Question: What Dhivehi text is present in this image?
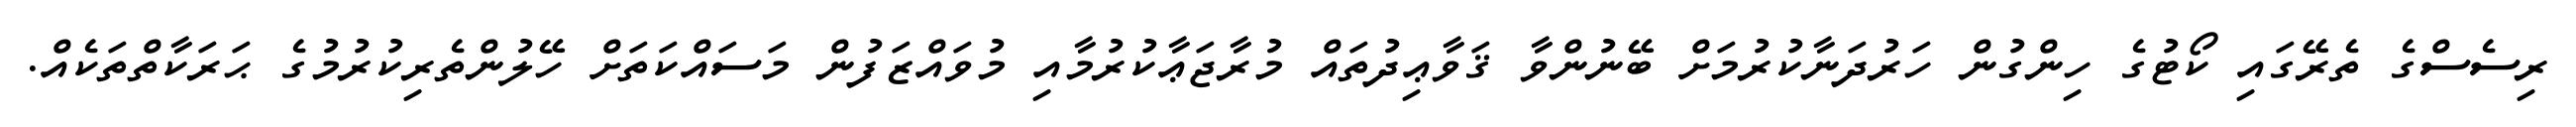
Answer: ރިސެސްގެ ތެރޭގައި ކޯޓުގެ ހިންގުން ހަރުދަނާކުރުމަށް ބޭނުންވާ ޤަވާޢިދުތައް މުރާޖަޢާކުރުމާއި މުވައްޒަފުން މަސައްކަތަށް ހޭލުންތެރިކުރުމުގެ ޙަރަކާތްތަކެއް.